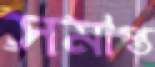
সমাপ্ত